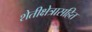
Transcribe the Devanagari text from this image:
शेतीक्षेत्रासहित